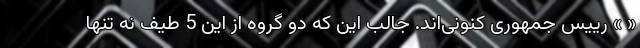
« » رییس جمهوری کنونی‌اند. جالب این که دو گروه از این 5 طیف نه تنها